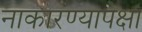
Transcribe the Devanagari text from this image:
नाकारण्यापेक्षा